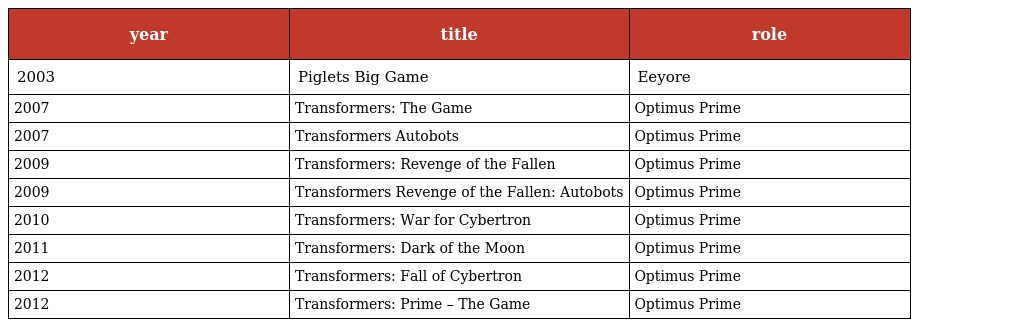
| year | title | role |
 | --- | --- | --- |
 | 2003 | Piglets Big Game | Eeyore |
 | 2007 | Transformers: The Game | Optimus Prime |
 | 2007 | Transformers Autobots | Optimus Prime |
 | 2009 | Transformers: Revenge of the Fallen | Optimus Prime |
 | 2009 | Transformers Revenge of the Fallen: Autobots | Optimus Prime |
 | 2010 | Transformers: War for Cybertron | Optimus Prime |
 | 2011 | Transformers: Dark of the Moon | Optimus Prime |
 | 2012 | Transformers: Fall of Cybertron | Optimus Prime |
 | 2012 | Transformers: Prime – The Game | Optimus Prime |